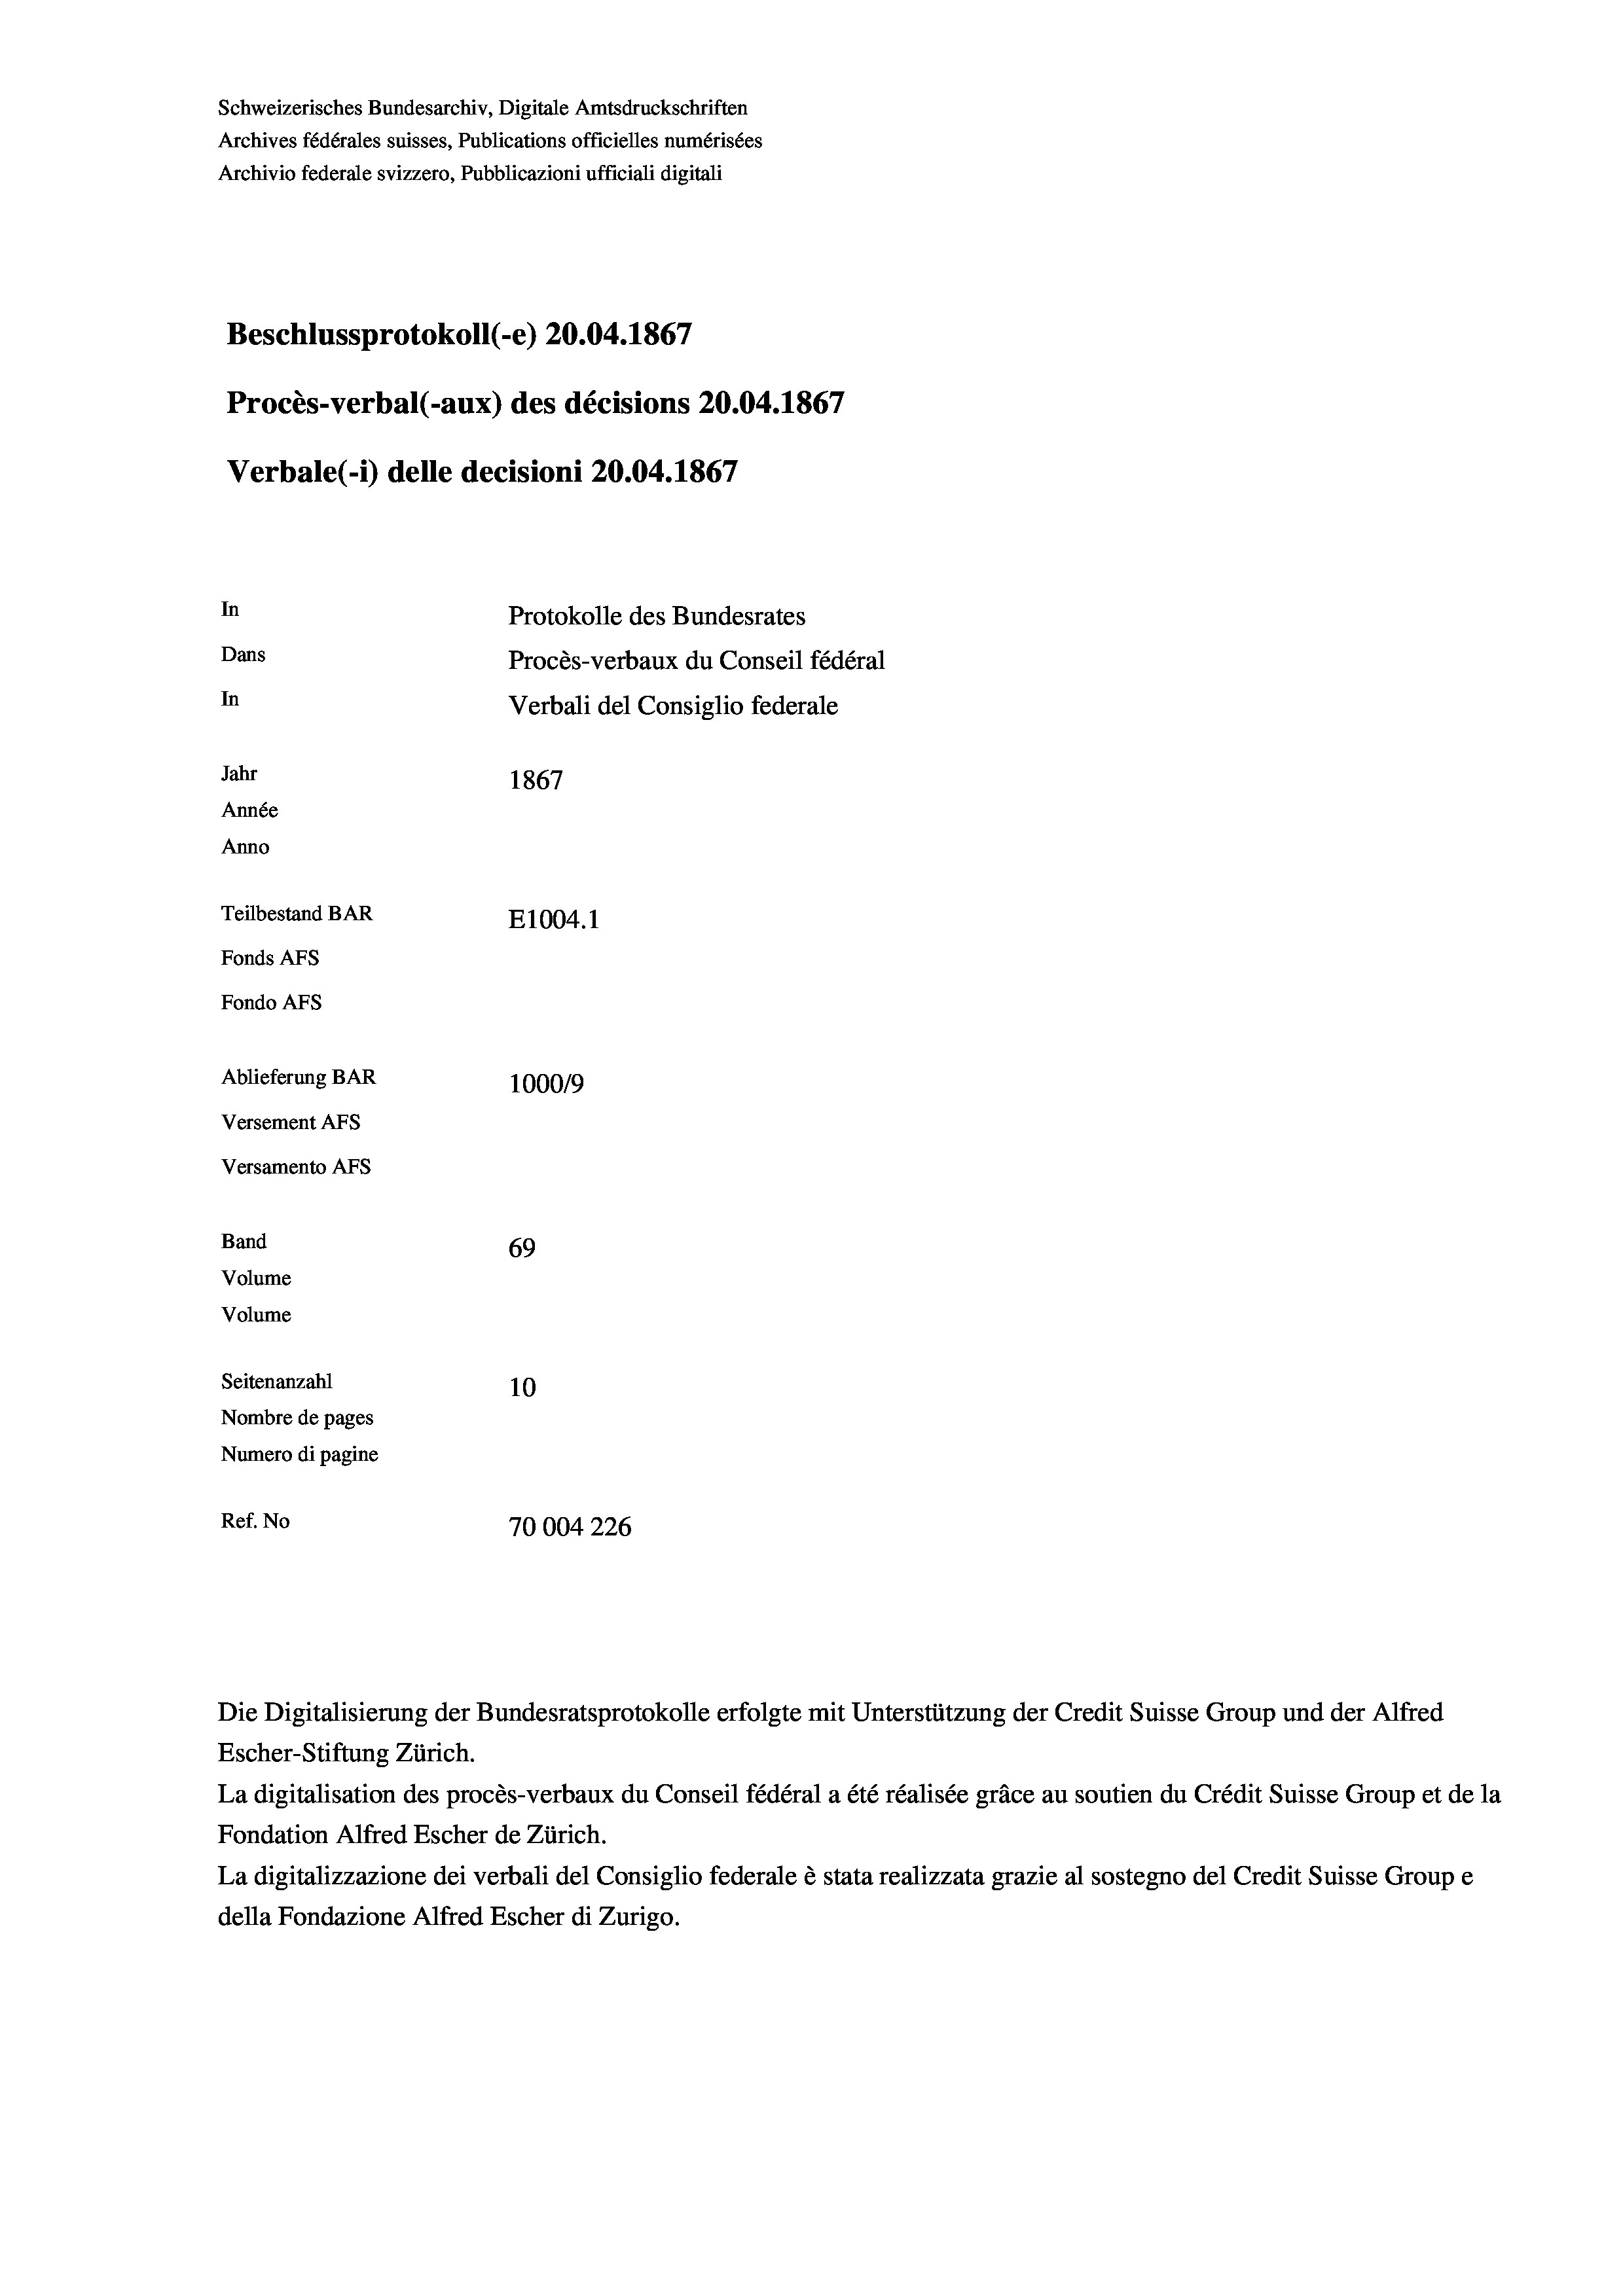
Schweizerisches Bundesarchiv, Digitale Amtsdruckschriften
Archives fédérales suisses, Publications officielles numérisées
Archivio federale svizzero, Pubblicazioni ufficiali digitali
Beschlussprotokoll (e) 20.04. 1867
Procès-verbal (-aux) des décisions 20.04. 1867
Verbale (1) delle decisioni 20.04. 1867
In
Protokolle des Bundesrates
Dans
Procès-verbaux du Conseil fédéral
In
Verbali del Consiglio federale
Jahr
1867
Année
Anno
Teilbestand BAR
E1004.1
Fonds Afs
Fondo AFs
Ablieferung BAR
100019
Versement Abs
Versamento Afs
Band
69
Volume
Volume

Seitenanzahl
10
Nombre de pages
Numero di pagine
Ref. No
70004 226

Escher-Stiftung Zürich.
La digitalisation des procès-verbaux du Conseil fédéral a été réalisée gräce au soutien du Crédit Suisse Group et de la
Fondation Alfred Escher de Zürich.
La digitalizzazione dei verbali del Consiglio federale è stata realizzata grazie al sostegno del Credit Suisse Groupe
della Fondazione Alfred Escher di Zurigo.

Die Digitalisierung der Bundesratsprotokolle erfolgte mit Unterstützung der Credit Suisse Group und der Alfred